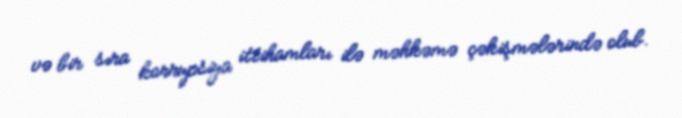
və bir sıra korrupsiya ittihamları ilə məhkəmə çəkişmələrində olub.